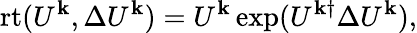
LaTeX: \mathrm{rt}(U^{\mathbf{k}},\Delta U^{\mathbf{k}})=U^{\mathbf{k}}\exp(U^{\mathbf{k}\dagger}\Delta U^{\mathbf{k}}),